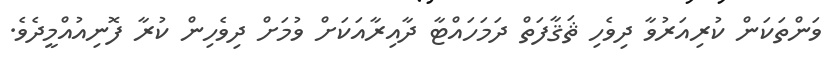
ވަންތަކަން ކުރިއަރުވާ ދިވެހި ޘަޤާފަތް ދަމަހައްޓާ ދާއިރާއަކަށް ވުމަށް ދިވެހިން ކުރާ ފޮނިއުއްމީދެވެ.